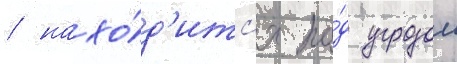
/ нахо́д'итс'я по́д угрозои